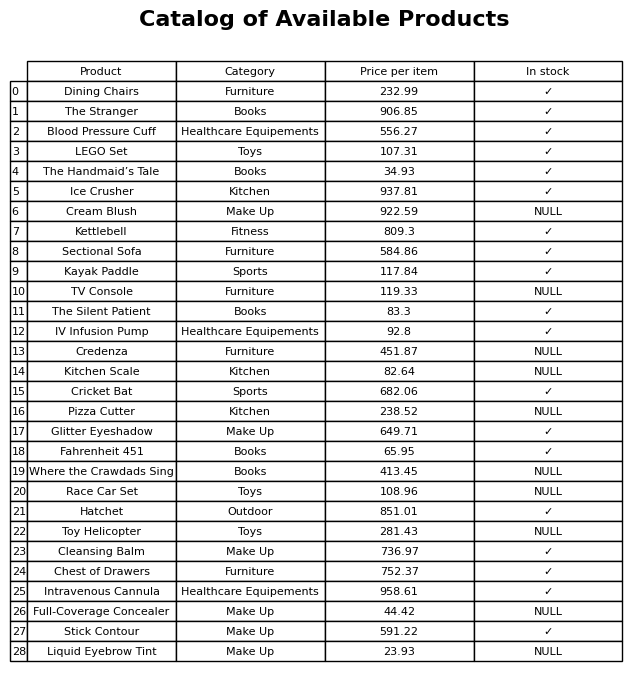
question: What is the price for Kayak Paddle?
answer: The price of Kayak Paddle is 117.84.